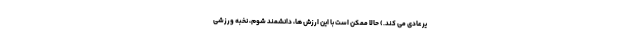
یرعادی می کند.) حالا ممکن است با این ارزش ها، دانشمند شوم، نخبه ورزشی